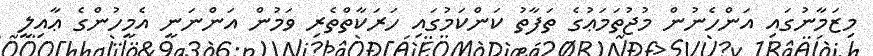
މިޒަމާނުގައި އަންހެނުން މުޖުތަމަޢުގެ ތަފާތު ކަންކަމުގައި ހަރަކާތްތެރި ވަމުން އަންނަނީ އެމީހުންގެ ޢާއިލީ